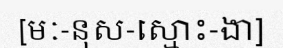
[មៈ-នុស-ស្មោះ-ងា]